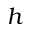
h